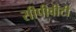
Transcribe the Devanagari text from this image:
सीपीवीटी